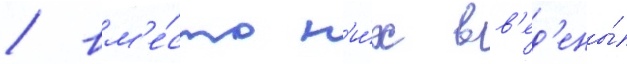
/ вм'е́сто н'и́х вв'ед'ены́